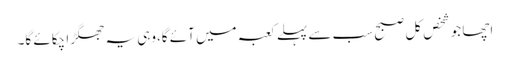
اچھا جو شخص کل صبح سب سے پہلے کعبہ میں آئے گا،وہی یہ جھگڑا چکائے گا۔